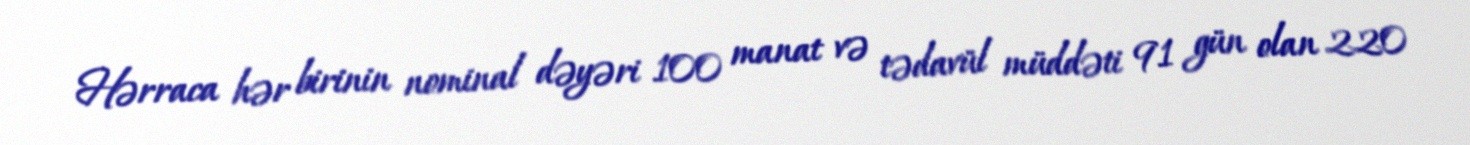
Hərraca hər birinin nominal dəyəri 100 manat və tədavül müddəti 91 gün olan 220